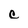
Character: c